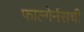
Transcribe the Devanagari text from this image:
फाल्गेर्नसची